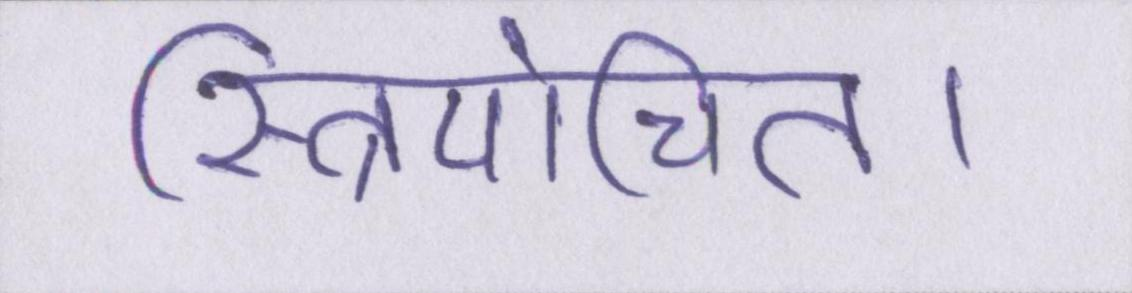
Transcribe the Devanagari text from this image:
स्त्रियोचित।